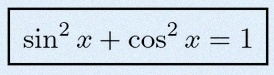
\sin^2x+\cos^2x=1